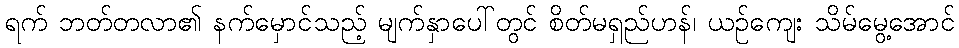
ရက် ဘတ်တလာ၏ နက်မှောင်သည့် မျက်နှာပေါ်တွင် စိတ်မရှည်ဟန်၊ ယဉ်ကျေး သိမ်မွေ့အောင်